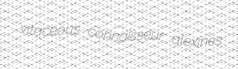
vitaceous connaisseur alexines